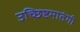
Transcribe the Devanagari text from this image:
उच्छिष्टमातंगी